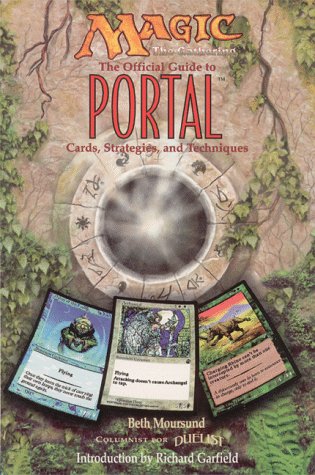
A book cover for Magic, the Gathering: The Official Guide to Portal: Cards, Strategies, and Techniques; Beth Moursund; Science Fiction & Fantasy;